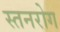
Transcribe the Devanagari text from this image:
स्तनरोग